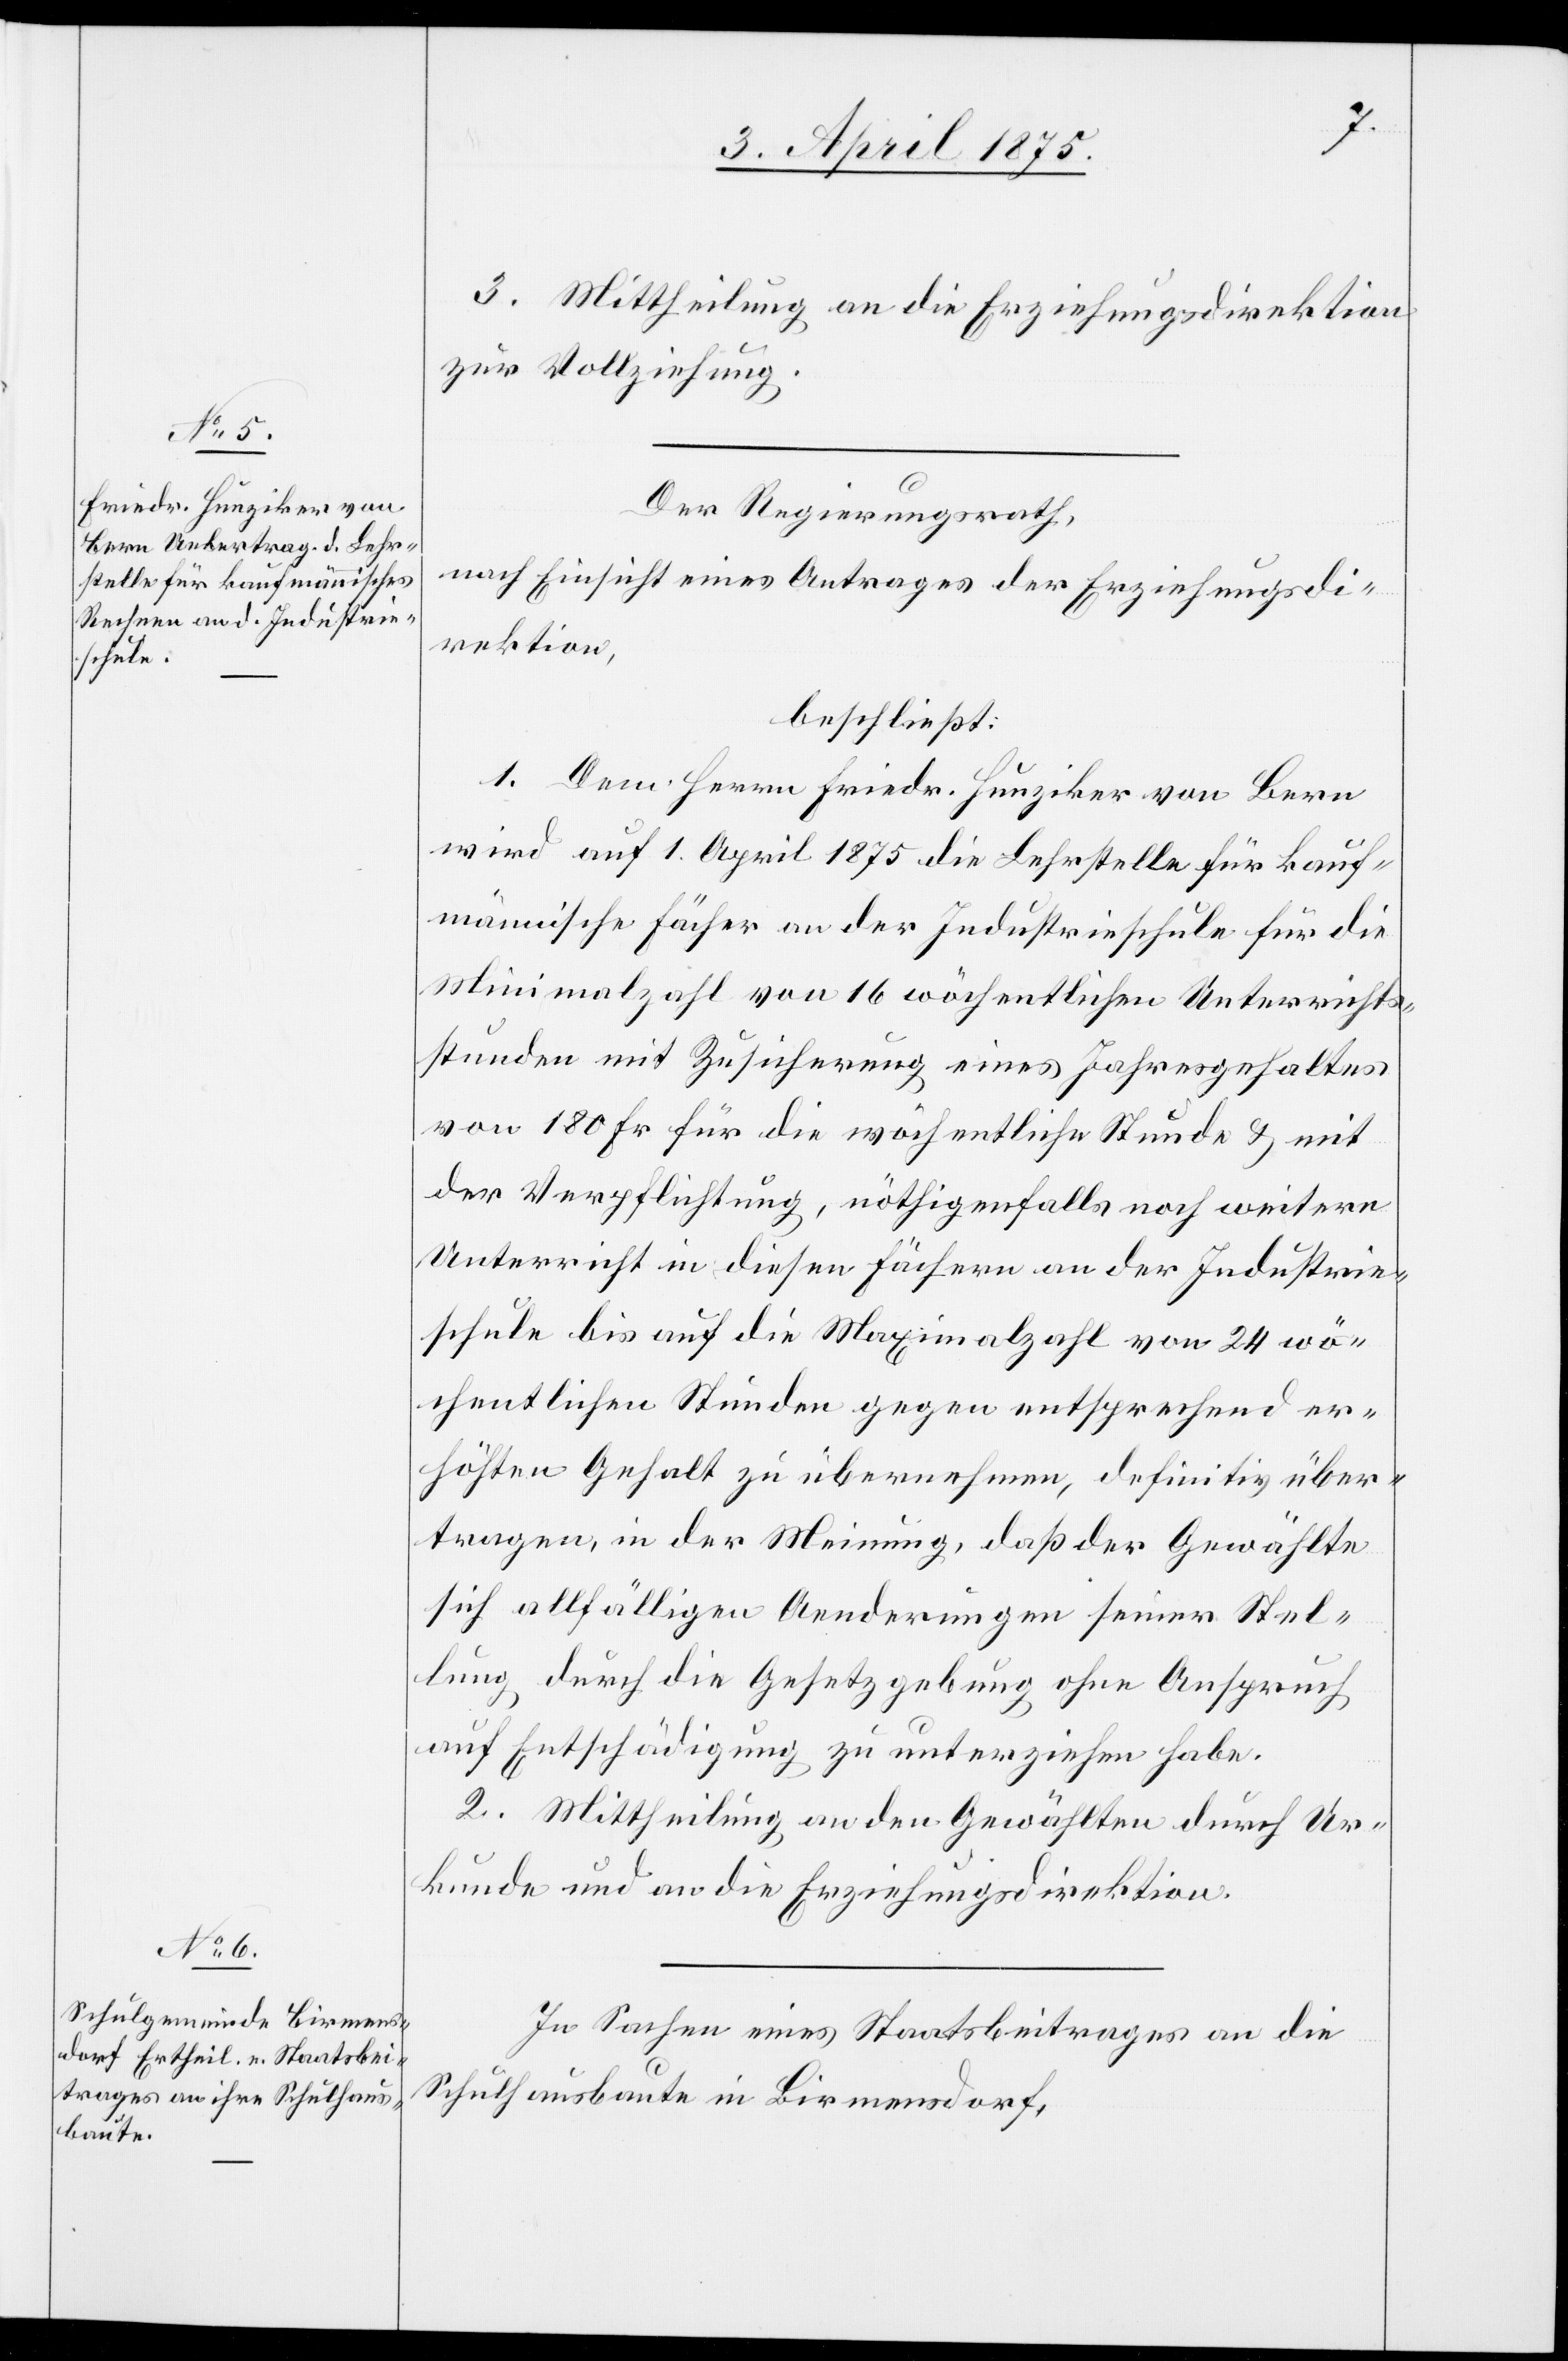
3. Mittheilung an die Erziehungsdirektion
zur Vollziehung.
Der Regierungsrath,
nach Einsicht eines Antrages der Erziehungsdi¬
rektion,
beschließt:
1. Dem Herrn Friedr. Hunziker von Bern
wird auf 1. April 1875 die Lehrstelle für kauf¬
männische Fächer an der Industrieschule für die
Minimalzahl von 16 wöchentlichen Unterrichts¬
stunden mit Zusicherung eines Jahresgehaltes
von 180 Fr. für die wöchentliche Stunde & mit
der Verpflichtung, nöthigenfalls noch weitern
Unterricht in diesen Fächern an der Industrie¬
schule bis auf die Maximalzahl von 24 wö¬
chentlichen Stunden gegen entsprechend er¬
höhten Gehalt zu übernehmen, definitiv über¬
tragen, in der Meinung, daß der Gewählte
sich allfälligen Aenderungen seiner Stel¬
lung durch die Gesetzgebung ohne Anspruch
auf Entschädigung zu unterziehen habe.
2. Mittheilung an den Gewählten durch Ur¬
kunde und an die Erziehungsdirektion.
In Sachen eines Staatsbeitrages an die
Schulausbaute in Birmensdorf,